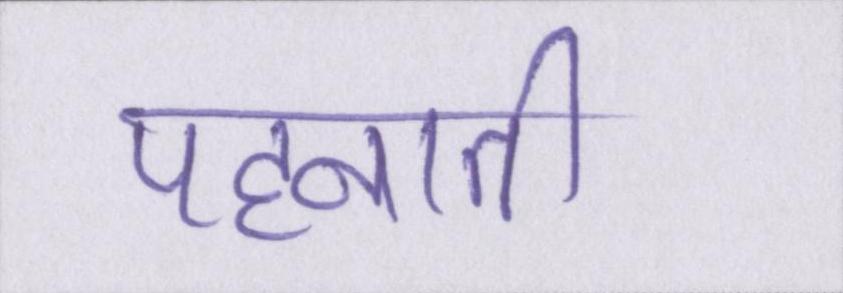
पहनाती